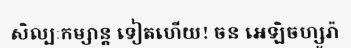
សិល្បៈកម្សាន្ត ទៀតហើយ! ចន អេឡិចហ្សូរ៉ា